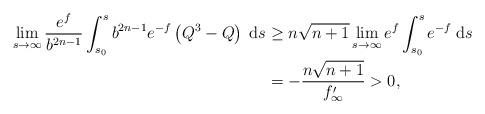
LaTeX: \begin{align*}\lim_{s \rightarrow \infty} \frac{e^{f}}{b^{2n-1}}\int_{s_0}^{s} b^{2n-1}e^{-f}\left(Q^3-Q\right) \; \mathrm{d}s &\geq n\sqrt{n+1} \lim_{s \rightarrow \infty} e^{f} \int_{s_0}^s e^{-f}\; \mathrm{d}s \\&= - \frac{n\sqrt{n+1}}{f'_{\infty}} > 0,\end{align*}